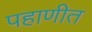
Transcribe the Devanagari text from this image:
पहाणीत